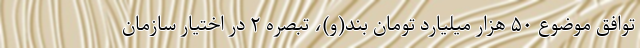
توافق موضوع ۵۰ هزار میلیارد تومان بند(و)، تبصره ۲ در اختیار سازمان